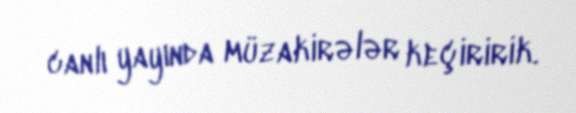
canlı yayında müzakirələr keçiririk.